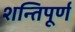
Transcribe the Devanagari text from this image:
शन्तिपूर्ण